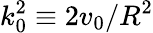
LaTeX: k_{0}^{2}\equiv 2v_{0}/R^{2}